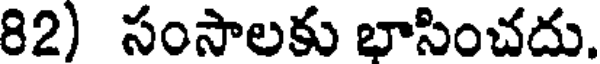
82) సంసాలకు భాసించదు.